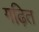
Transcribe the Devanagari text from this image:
गढ़ित